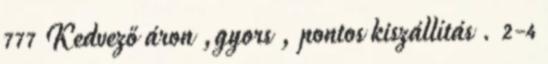
777 Kedvező áron ,gyors , pontos kiszállítás . 2-4